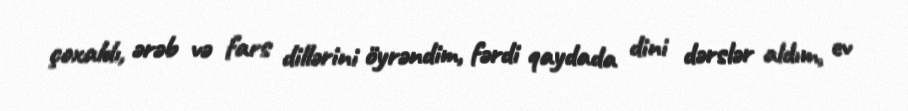
çoxaldı, ərəb və fars dillərini öyrəndim, fərdi qaydada dini dərslər aldım, ev